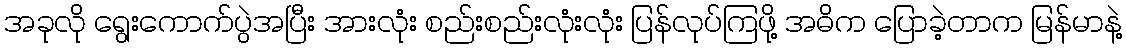
အခုလို ရွေးကောက်ပွဲအပြီး အားလုံး စည်းစည်းလုံးလုံး ပြန်လုပ်ကြဖို့ အဓိက ပြောခဲ့တာက မြန်မာနဲ့